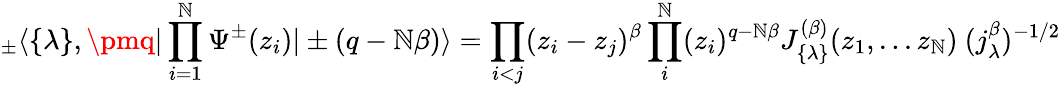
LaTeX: _\pm\langle\{ \lambda\} ,\pmq|\prod_{i=1}^{\mathbb{N}}\Psi^{\pm}(z_{i})|\pm(q-\mathbb{N}\beta)\rangle=\prod_{i<j}(z_{i}-z_{j})^{\beta}\prod_{i}^{\mathbb{N}}(z_{i})^{q-\mathbb{N}\beta}J_{\{ \lambda\} }^{(\beta)}(z_{1},...z_{\mathbb{N}})\ (j_{\lambda}^{\beta})^{-1/2}